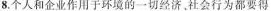
8.个人和企业作用于环境的一切经济。社会行为都要得